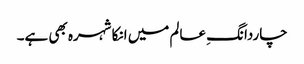
چاردانگِ عالم میں انکا شہرہ بھی ہے۔